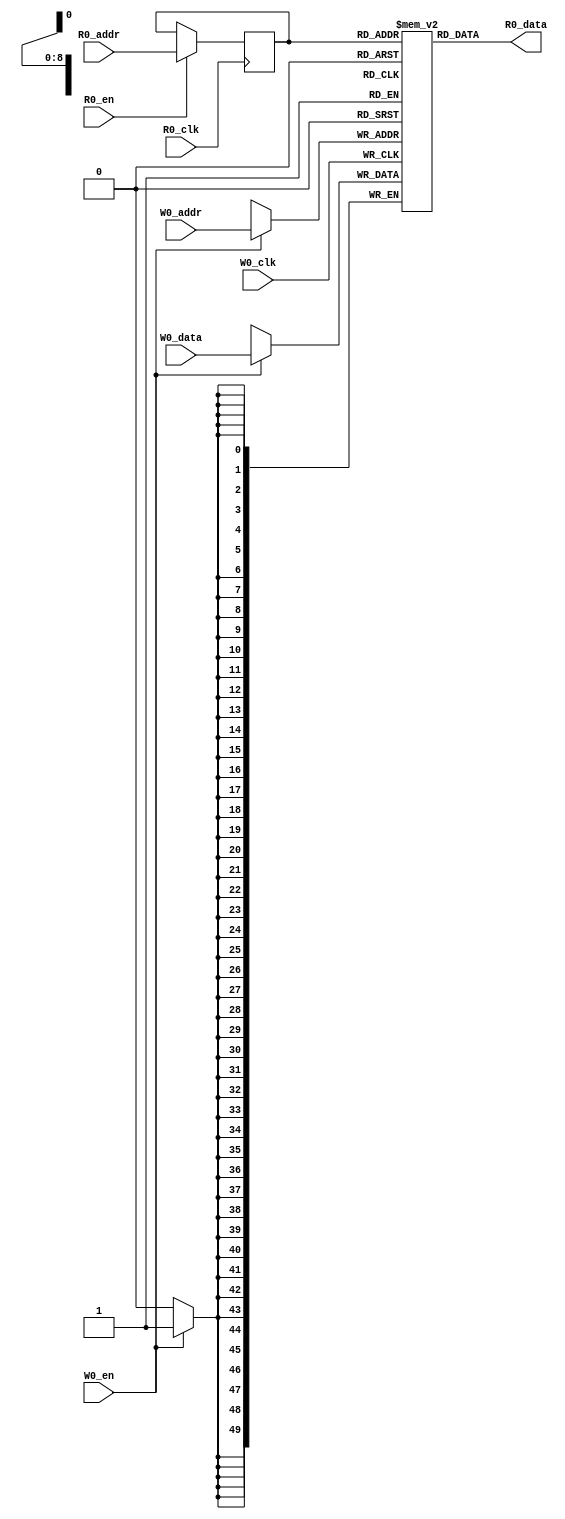
// name:array_13_ext depth:512 width:50 masked:false maskGran:50 maskSeg:1
module array_13_ext(
  input R0_clk,
  input [8:0] R0_addr,
  input R0_en,
  output [49:0] R0_data,
  input W0_clk,
  input [8:0] W0_addr,
  input W0_en,
  input [49:0] W0_data
);


  reg reg_R0_ren;
  reg [8:0] reg_R0_addr;
  reg [49:0] ram [511:0];
  `ifdef RANDOMIZE_MEM_INIT
    integer initvar;
    initial begin
      #`RANDOMIZE_DELAY begin end
      for (initvar = 0; initvar < 512; initvar = initvar+1)
        ram[initvar] = {2 {$random}};
      reg_R0_addr = {1 {$random}};
    end
  `endif
  always @(posedge R0_clk)
    reg_R0_ren <= R0_en;
  always @(posedge R0_clk)
    if (R0_en) reg_R0_addr <= R0_addr;
  always @(posedge W0_clk)
    if (W0_en) begin
      ram[W0_addr][49:0] <= W0_data[49:0];
    end
  `ifdef RANDOMIZE_GARBAGE_ASSIGN
  reg [63:0] R0_random;
  `ifdef RANDOMIZE_MEM_INIT
    initial begin
      #`RANDOMIZE_DELAY begin end
      R0_random = {$random, $random};
      reg_R0_ren = R0_random[0];
    end
  `endif
  always @(posedge R0_clk) R0_random <= {$random, $random};
  assign R0_data = reg_R0_ren ? ram[reg_R0_addr] : R0_random[49:0];
  `else
  assign R0_data = ram[reg_R0_addr];
  `endif

endmodule